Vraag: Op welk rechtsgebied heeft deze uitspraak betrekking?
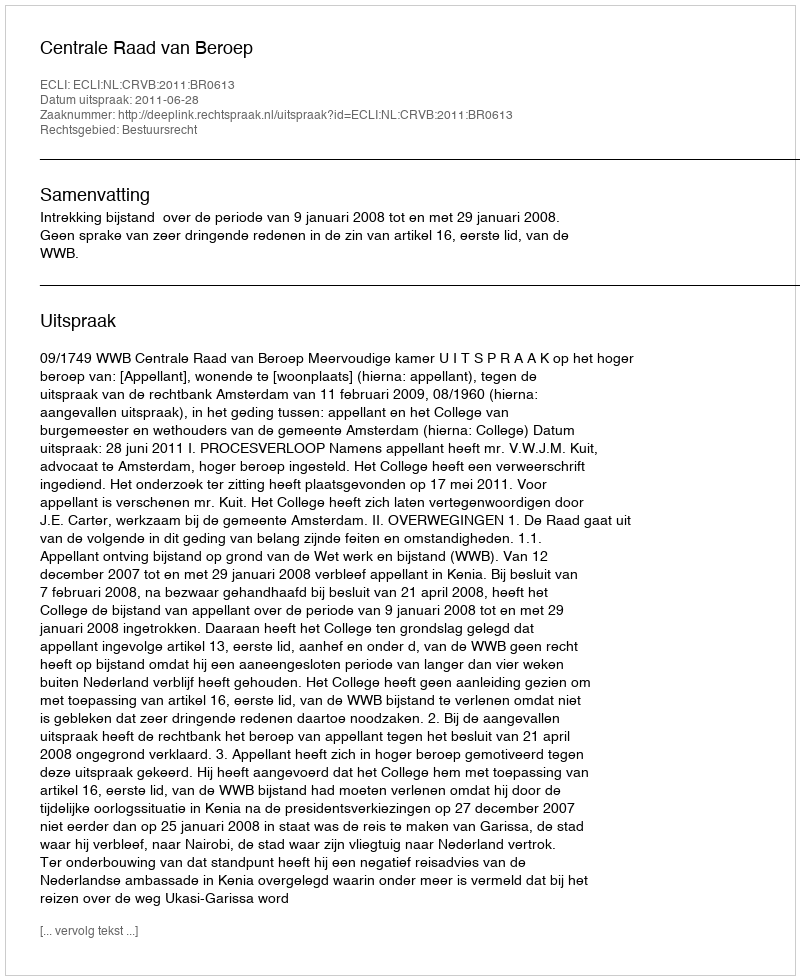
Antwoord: Bestuursrecht